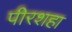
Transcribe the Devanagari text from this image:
पीरशहा